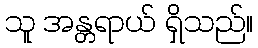
သူ အန္တရာယ် ရှိသည်။